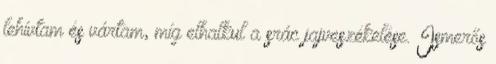
lehívtam és vártam, míg elhalkul a srác jajveszékelése. Ismerős